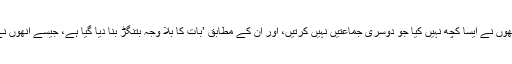
ان کا کہنا ہے کہ انھوں نے ایسا کچھ نہیں کیا جو دوسری جماعتیں نہیں کرتیں، اور ان کے مطابق ’بات کا بلا وجہ بتنگڑ بنا دیا گیا ہے، جیسے انھوں نے کوئی گناہ کیا ہو۔